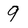
Character: 9